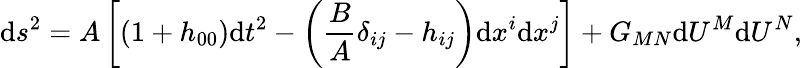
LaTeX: \mathrm{d}s^{2}=A\left[(1+h_{00})\mathrm{d}t^{2}-\left(\frac{{B}}{{A}}\delta_{ij}-h_{ij}\right)\mathrm{d}x^{i}\mathrm{d}x^{j}\right]+G_{MN}\mathrm{d}U^{M}\mathrm{d}U^{N},